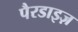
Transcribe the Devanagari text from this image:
पैरडाइज़